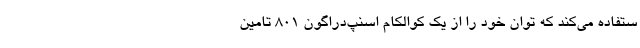
ستفاده می‌کند که توان خود را از یک کوالکام اسنپ‌دراگون 801 تامین